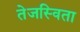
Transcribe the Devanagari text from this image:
तेजस्‍विता